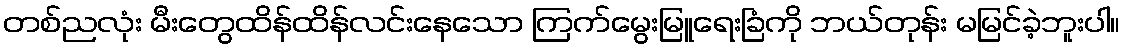
တစ်ညလုံး မီးတွေထိန်ထိန်လင်းနေသော ကြက်မွေးမြူရေးခြံကို ဘယ်တုန်း မမြင်ခဲ့ဘူးပါ။